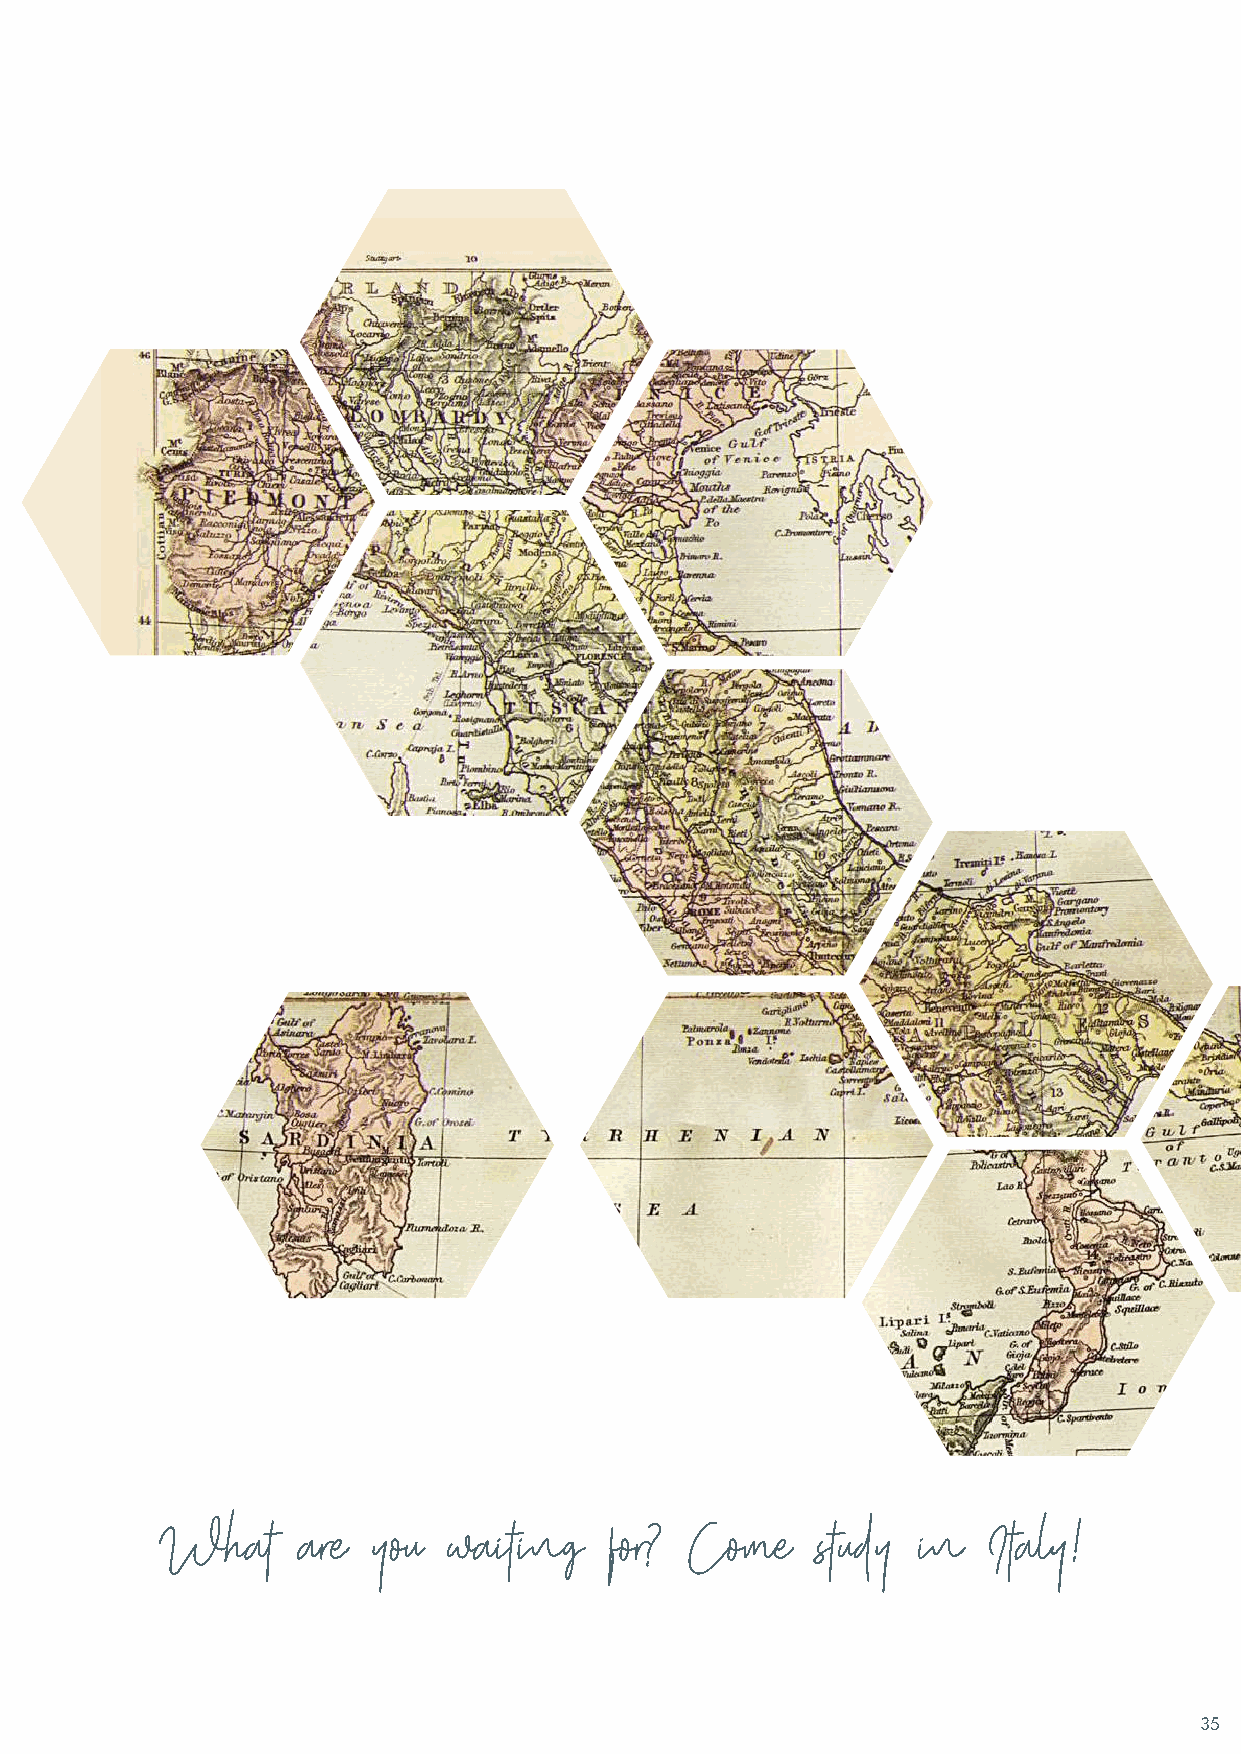
What     are  you  waiting   for?  Come    study  in  Italy!
 35